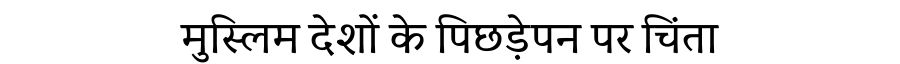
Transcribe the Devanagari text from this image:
मुस्लिम देशों के पिछड़ेपन पर चिंता